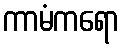
ကာမံကရော